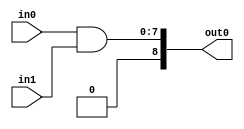
module and_mine(
    input [7:0] in0,
    input [7:0] in1,
    output [8:0] out0
);

    assign out0 = in0 & in1;

endmodule